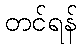
တင်ရန်